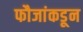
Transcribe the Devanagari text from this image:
फौजांकडून